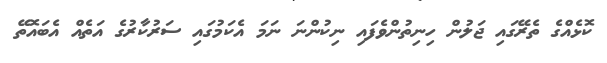
ކޮޅެއްގެ ތެރޭގައި ޖަލުން ހިނިތުންވެފައި ނިކުންނަ ނަމަ އެކަމުގައި ސަރުކާރުގެ އަތެއް އެބައޮތޭ